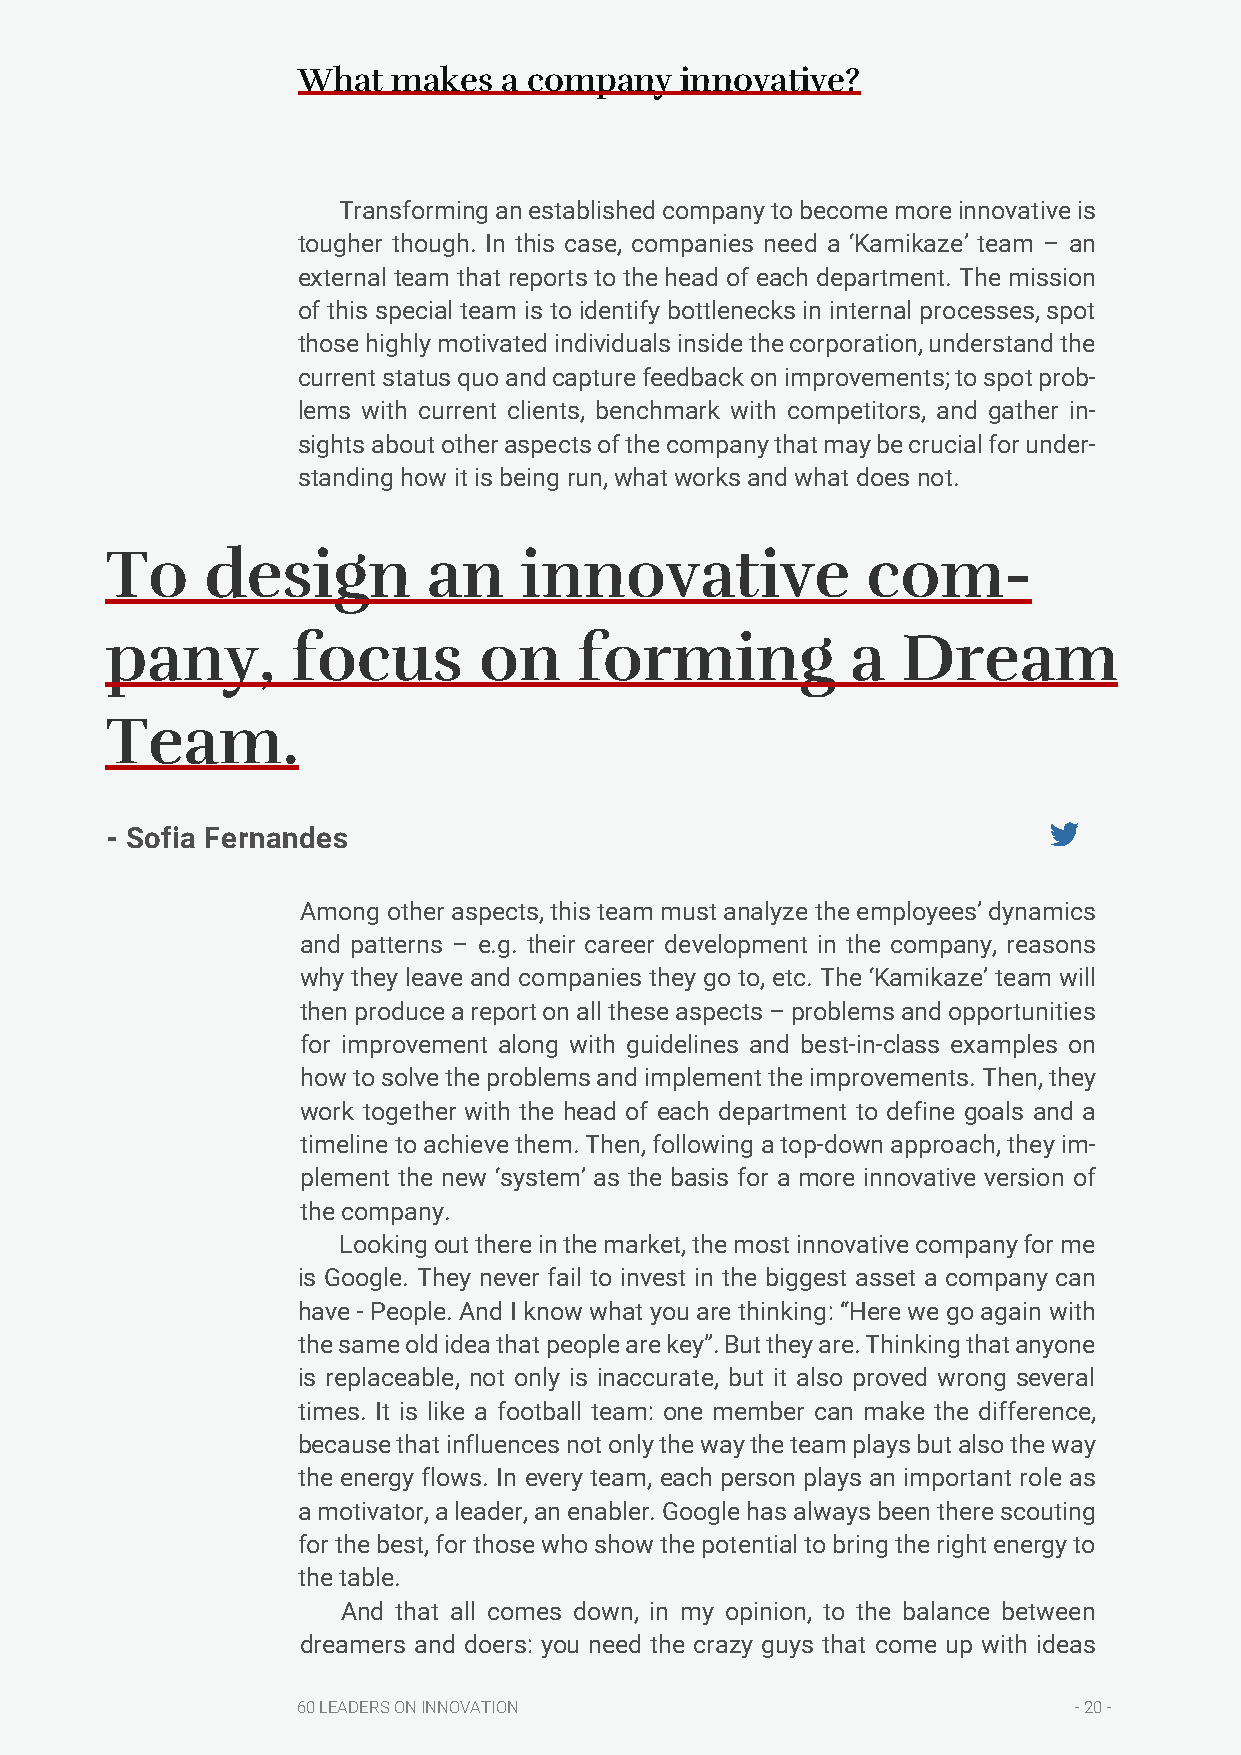
What  makes  a company   innovative?
 Transforming an established company to become more innovative is
 tougher though. In this case, companies need a ‘Kamikaze’ team – an
 external team that reports to the head of each department. The mission
 of this special team is to identify bottlenecks in internal processes, spot
 those highly motivated individuals inside the corporation, understand the
 current status quo and capture feedback on improvements; to spot prob-
 lems with current clients, benchmark with competitors, and gather in-
 sights about other aspects of the company that may be crucial for under-
 standing how it is being run, what works and what does not.
 To     design        an    innovative             com-
 pany,       focus        on    forming           a   Dream
 Team.
 - Sofia Fernandes
 Among other aspects, this team must analyze the employees’ dynamics
 and patterns – e.g. their career development in the company, reasons
 why they leave and companies they go to, etc. The ‘Kamikaze’ team will
 then produce a report on all these aspects – problems and opportunities
 for improvement along with guidelines and best-in-class examples on
 how to solve the problems and implement the improvements. Then, they
 work together with the head of each department to define goals and a
 timeline to achieve them. Then, following a top-down approach, they im-
 plement the new ‘system’ as the basis for a more innovative version of
 the company.
 Looking out there in the market, the most innovative company for me
 is Google. They never fail to invest in the biggest asset a company can
 have - People. And I know what you are thinking: “Here we go again with
 the same old idea that people are key”. But they are. Thinking that anyone
 is replaceable, not only is inaccurate, but it also proved wrong several
 times. It is like a football team: one member can make the difference,
 because that influences not only the way the team plays but also the way
 the energy flows. In every team, each person plays an important role as
 a motivator, a leader, an enabler. Google has always been there scouting
 for the best, for those who show the potential to bring the right energy to
 the table.
 And that all comes down, in my opinion, to the balance between
 dreamers and doers: you need the crazy guys that come up with ideas
 60 LEADERS ON INNOVATION                           - 20 -